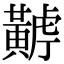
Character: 𪏏